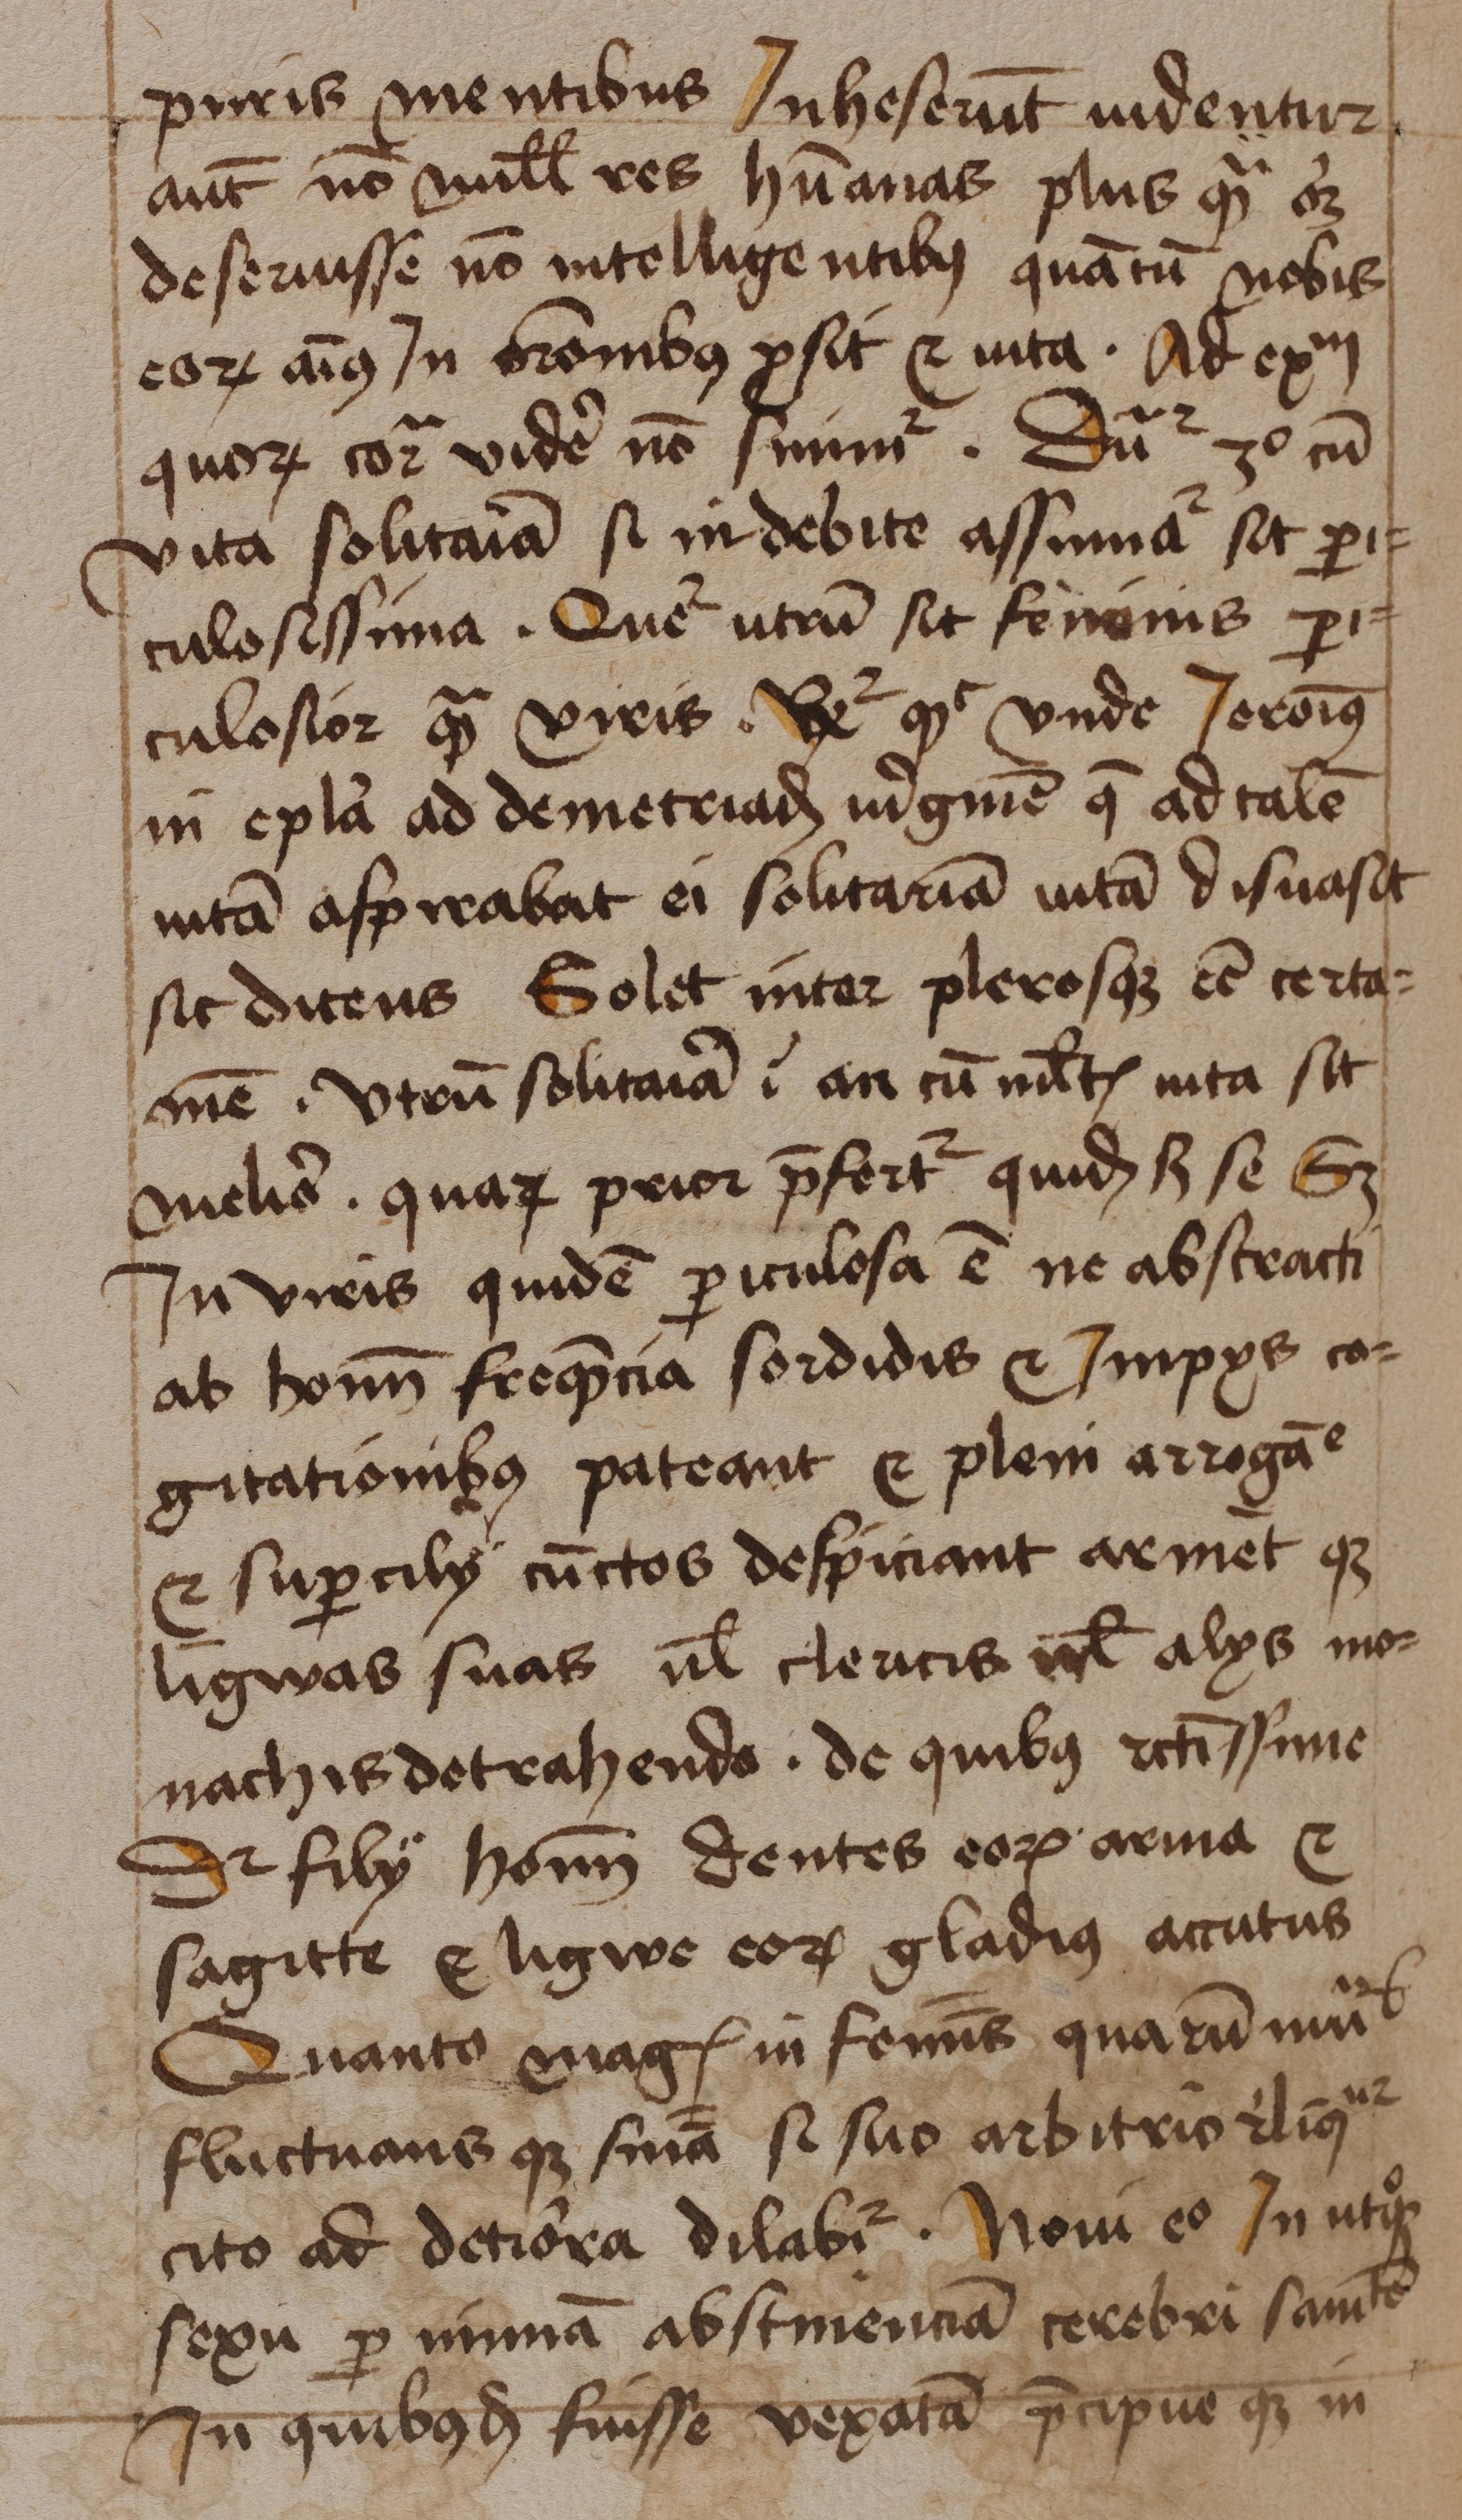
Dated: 1465–1465